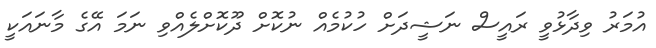
އުމަރު ވިދާޅުވީ ރައީސް ނަޝީދަށް ހުކުމެއް ނުކޮށް ދޫކޮށްލެއްވި ނަމަ އޭގެ މާނައަކީ